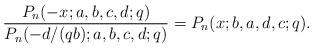
LaTeX: \begin{align*}\frac{P_n(-x;a,b,c,d;q)}{P_n(-d/(qb);a,b,c,d;q)}=P_n(x;b,a,d,c;q).\end{align*}